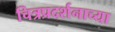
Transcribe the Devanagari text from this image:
चित्रप्रदर्शनाच्या